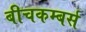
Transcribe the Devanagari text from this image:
बीचकम्बर्स